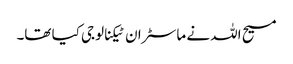
مسیح اللہ نے ماسٹر ان ٹیکنالوجی کیا تھا۔